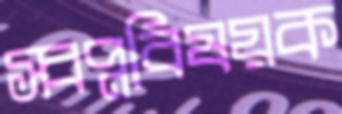
স্বপ্নবিষয়ক